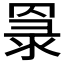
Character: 𦋔